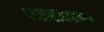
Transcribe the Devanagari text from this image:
पठारावरच्या